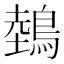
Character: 鵱